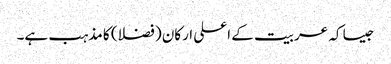
جیسا کہ عربیت کے اعلی ارکان (فضلا) کا مذہب ہے۔